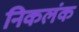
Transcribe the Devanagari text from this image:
निकलंक